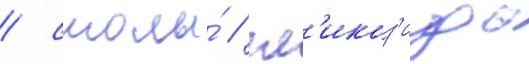
/ смолы́ / гл'икоз'иды